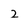
Character: 2